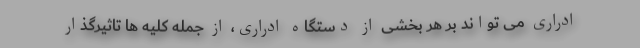
ادراری می تواند بر هر بخشی از دستگاه ادراری، از جمله کلیه ها تاثیرگذار